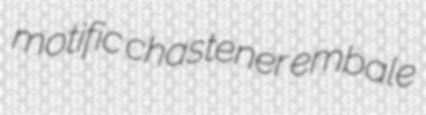
motific chastener embale